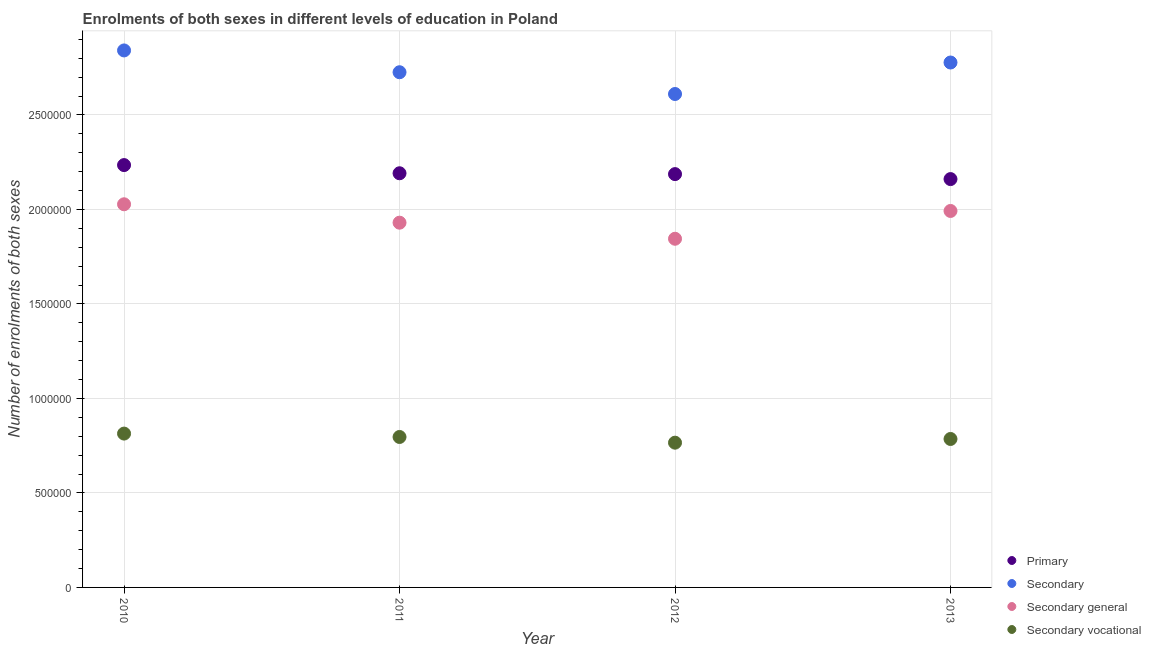
| Year | Primary | Secondary | Secondary general | Secondary vocational |
 | --- | --- | --- | --- | --- |
 | 2010 | 2.23e+06 | 2.84e+06 | 2.03e+06 | 8.14e+05 |
 | 2011 | 2.19e+06 | 2.73e+06 | 1.93e+06 | 7.96e+05 |
 | 2012 | 2.19e+06 | 2.61e+06 | 1.85e+06 | 7.66e+05 |
 | 2013 | 2.16e+06 | 2.78e+06 | 1.99e+06 | 7.86e+05 |